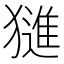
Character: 𱮣